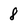
Character: 8